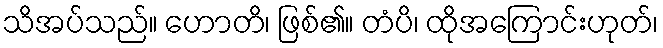
သိအပ်သည်။ ဟောတိ၊ ဖြစ်၏။ တံပိ၊ ထိုအကြောင်းဟုတ်၊